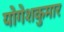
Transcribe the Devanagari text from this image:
योगेशकुमार